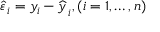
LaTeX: { \widehat { \varepsilon \, } } _ { i } = y _ { i } - { \widehat { y \, } } _ { i } , ( i = 1 , \dots , n )